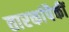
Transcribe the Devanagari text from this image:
तारकांपैकीं